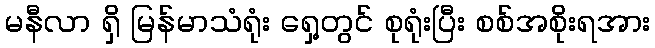
မနီလာ ရှိ မြန်မာသံရုံး ရှေ့တွင် စုရုံးပြီး စစ်အစိုးရအား